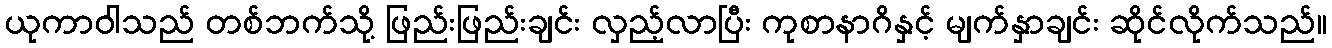
ယုကာဝါသည် တစ်ဘက်သို့ ဖြည်းဖြည်းချင်း လှည့်လာပြီး ကုစာနာဂိနှင့် မျက်နှာချင်း ဆိုင်လိုက်သည်။